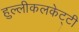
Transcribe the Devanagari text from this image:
हुल्लीकलकेट्टी